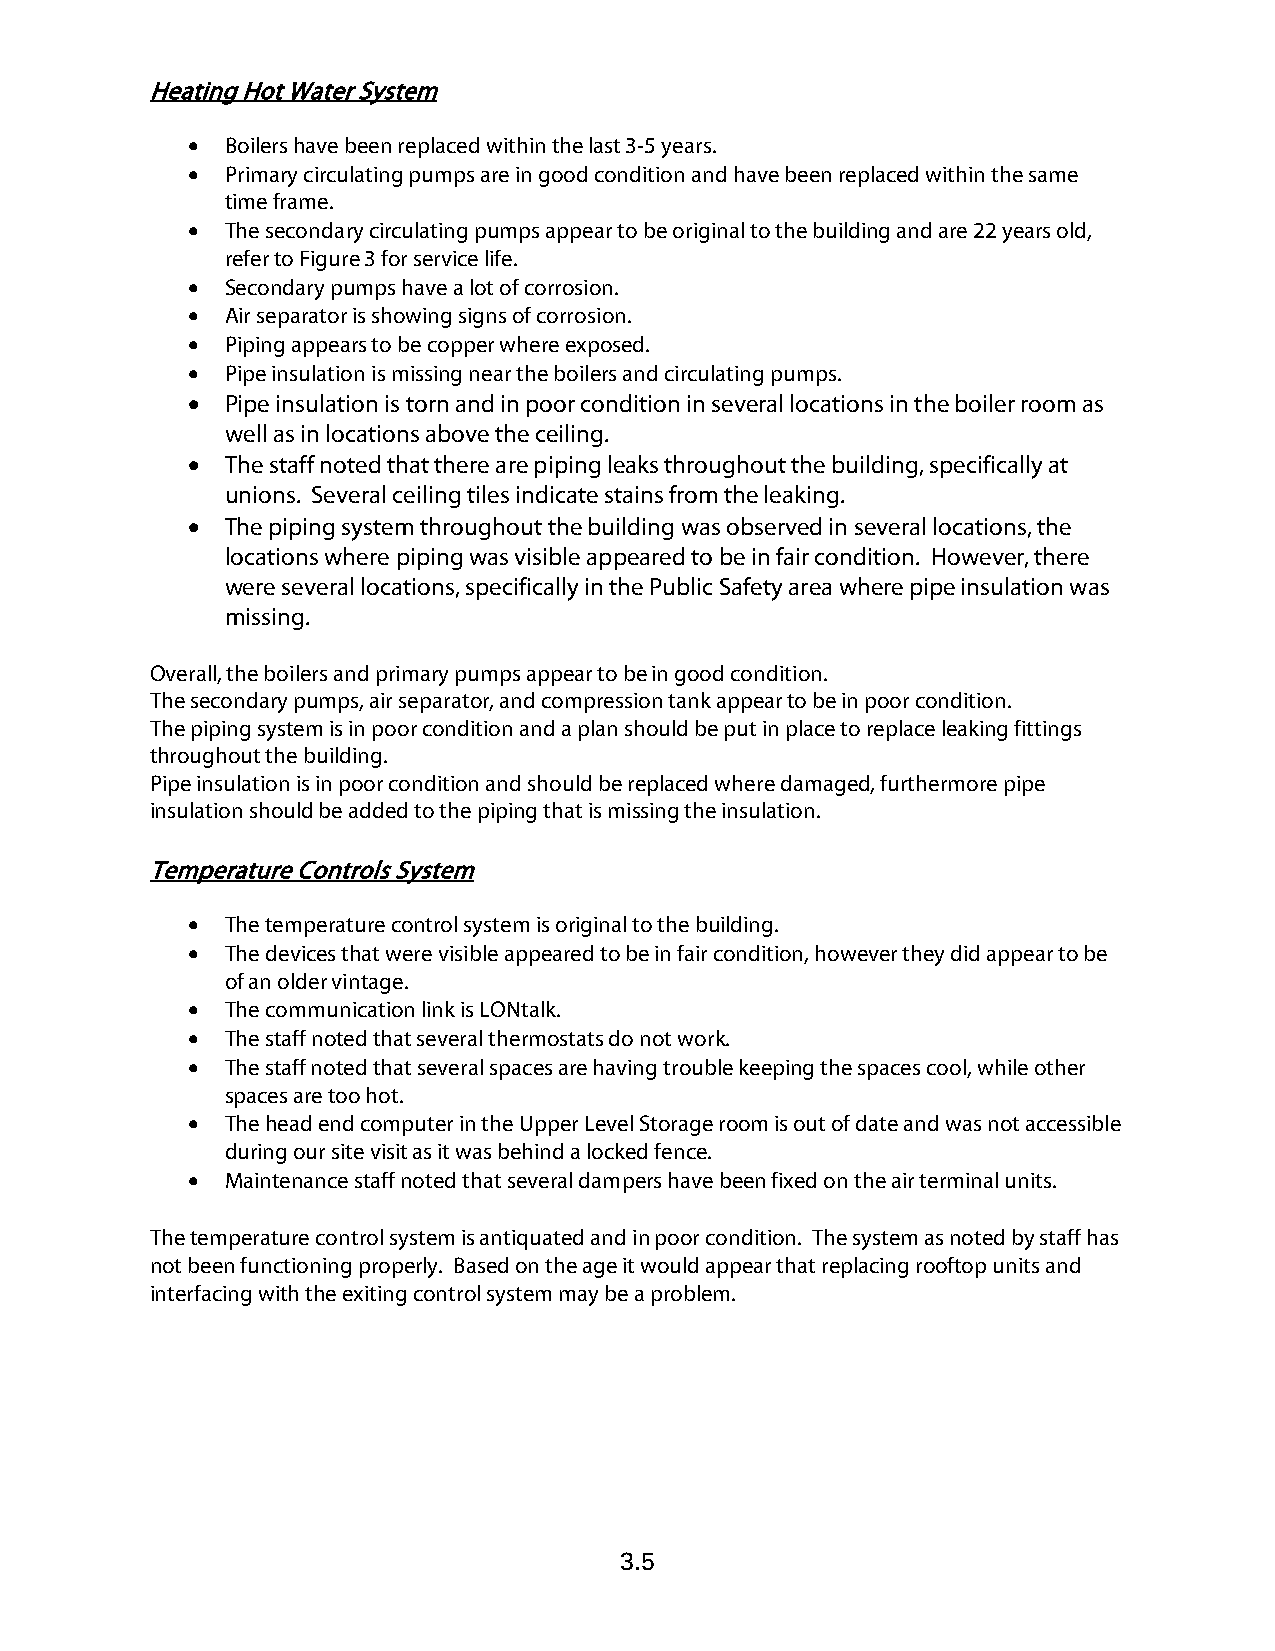
Heating Hot Water System
 •  Boilers have been replaced within the last 3-5 years.
 •  Primary circulating pumps are in good condition and have been replaced within the same
 time frame.
 •  The secondary circulating pumps appear to be original to the building and are 22 years old,
 refer to Figure 3 for service life.
 •  Secondary pumps have a lot of corrosion.
 •  Air separator is showing signs of corrosion.
 •  Piping appears to be copper where exposed.
 •  Pipe insulation is missing near the boilers and circulating pumps.
 •
 Pipe insulation is torn and in poor condition in several locations in the boiler room as
 well as in locations above the ceiling.
 •
 The staff noted that there are piping leaks throughout the building, specifically at
 unions. Several ceiling tiles indicate stains from the leaking.
 •
 The piping system throughout the building was observed in several locations, the
 locations where piping was visible appeared to be in fair condition. However, there
 were several locations, specifically in the Public Safety area where pipe insulation was
 missing.
 Overall, the boilers and primary pumps appear to be in good condition.
 The secondary pumps, air separator, and compression tank appear to be in poor condition.
 The piping system is in poor condition and a plan should be put in place to replace leaking fittings
 throughout the building.
 Pipe insulation is in poor condition and should be replaced where damaged, furthermore pipe
 insulation should be added to the piping that is missing the insulation.
 Temperature Controls System
 •  The temperature control system is original to the building.
 •  The devices that were visible appeared to be in fair condition, however they did appear to be
 of an older vintage.
 •  The communication link is LONtalk.
 •  The staff noted that several thermostats do not work.
 •  The staff noted that several spaces are having trouble keeping the spaces cool, while other
 spaces are too hot.
 •  The head end computer in the Upper Level Storage room is out of date and was not accessible
 during our site visit as it was behind a locked fence.
 •  Maintenance staff noted that several dampers have been fixed on the air terminal units.
 The temperature control system is antiquated and in poor condition. The system as noted by staff has
 not been functioning properly. Based on the age it would appear that replacing rooftop units and
 interfacing with the exiting control system may be a problem.
 3.5